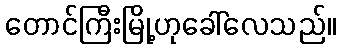
တောင်ကြီးမြို့ဟုခေါ်လေသည်။